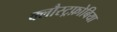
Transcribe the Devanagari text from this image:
क्लौस्ट्रफ़ोबिया